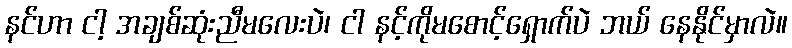
နင်ဟာ ငါ့ အချစ်ဆုံးညီမလေးပဲ၊ ငါ နင့်ကိုမစောင့်ရှောက်ပဲ ဘယ် နေနိုင်မှာလဲ။